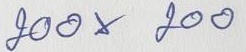
200 x 200